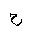
Letter: _ha